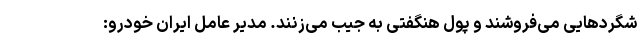
شگردهایی می‌فروشند و پول هنگفتی به جیب می‌زنند. مدیر عامل ایران خودرو: